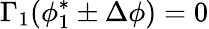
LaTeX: \Gamma_{1}(\phi_{1}^{*}\pm\Delta\phi)=0